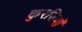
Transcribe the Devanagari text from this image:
कुरसियों